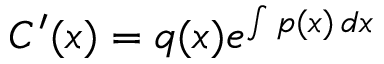
C ^ { \prime } ( x ) = q ( x ) e ^ { \int p ( x ) \, d x }